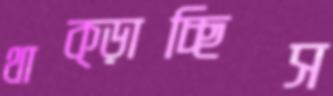
থাক্‌ড়াচ্ছিস